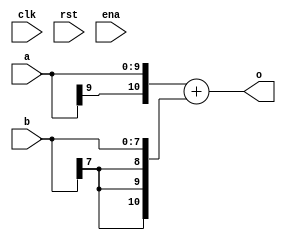
//========================================================================
//        creattime:   8/26 20:32:53 2019
//========================================================================
// 1. .
// 2. 
// 3. WO
//    
// template
// libv_base_sadd #(10, 8, 11) libv_base_sadd_inst(.a(), .b(), .o());
// libv_base_sadd #(10, 8, 11, "REG") libv_base_sadd_inst(.clk(), .rst(), ena(), .a(), .b(), .o());
// libv_base_sadd #(10, 8, 11, "CLK") libv_base_sadd_inst(.clk(), .rst(), ena(), .a(), .b(), .o());
module libv_base_sadd//
#(
	parameter WIA = 10,
	parameter WIB = 8,
	parameter WO  = 11,
	parameter REG = "NO"
)(
	input           clk,
	input           rst,//reset at high
	input           ena,
	input [WIA-1:0] a  ,
	input [WIB-1:0] b  ,
	output[WO -1:0] o  
);

localparam WD_SUM = WIA > WIB ? WIA + 1: WIB + 1;

wire [WD_SUM-1:0] sum = {{(WD_SUM-WIA){a[WIA-1]}}, a} + {{(WD_SUM-WIB){b[WIB-1]}}, b};
wire [WO-1:0] sum2;

generate// 
	if(WO  >= WD_SUM)
		begin 
		assign  sum2 = {{(WO-WD_SUM){sum[WD_SUM-1]}},sum};
		end
	else 
		begin //  
		wire not_overflow = (&sum[WD_SUM-1: WO-1]) | (~|sum[WD_SUM-1:WO-1])  ;//01
        assign  sum2= not_overflow ? sum[WO-1:0] : {sum[WD_SUM-1], {(WO-1){!sum[WD_SUM-1]}}}  ;
		end
endgenerate


generate//
	if( REG == "NO" )
		begin
		assign o = sum2;
		end
	else
		begin
		reg [WO-1:0] sum_reg;
		always @ (posedge clk or posedge rst)
		if(rst) 
			sum_reg <= {(WO){1'b0}};	
		else if(ena)
			sum_reg <= sum2;	
		assign o = sum_reg;
		end
endgenerate


endmodule